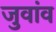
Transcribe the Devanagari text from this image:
जुवांव